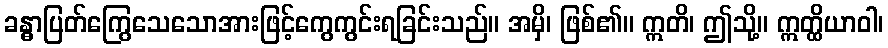
ခန္ဓာပြတ်ကြွေသေသောအားဖြင့်ကွေကွင်းရခြင်းသည်။ အမှိ၊ ဖြစ်၏။ ဣတိ၊ ဤသို့။ ဣတ္ထိယာဝါ၊